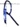
Text: R